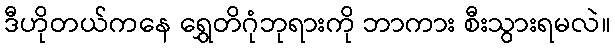
ဒီဟိုတယ်ကနေ ရွှေတိဂုံဘုရားကို ဘာကား စီးသွားရမလဲ။